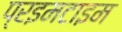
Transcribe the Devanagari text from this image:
प्रइमटाइम